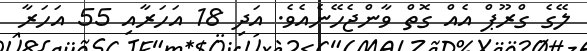
ލޭގެ ގްރޫޕް އެއް ގޮތް ވާންޖެހޭނެއެވެ. އަދި 18 އަހަރާއި 55 އަހަރާ